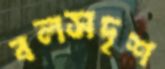
বলসদৃশ